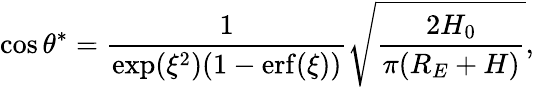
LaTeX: \cos\theta^{*}=\frac{1}{\exp(\xi^{2})(1-\mathrm{erf}(\xi))}\sqrt{\frac{2H_{0}}{\pi(R_{E}+H)}},